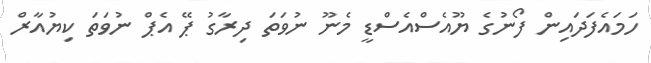
ހަމައެފަދައިން ފޯނުގެ ޔޫއެސްއެސްޑީ މެނޫ ނުވަތަ ދިރާގު ޕޭ އެޕް ނުވަތަ ކިޔުއާރް